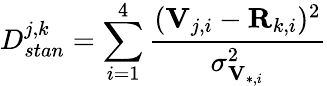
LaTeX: D_{stan}^{j,k}=\sum_{i=1}^{4}\frac{(\mathbf{V}_{j,i}-\mathbf{R}_{k,i})^{2}}{\sigma_{\mathbf{V}_{*,i}}^{2}}